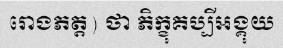
រោងភត្ត) ថា ភិក្ខុគប្បីអង្គុយ